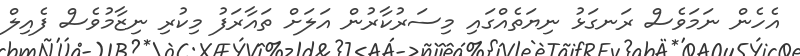
އެހެން ނަމަވެސް ރަނގަޅު ނިޔަތެއްގައި މިސަރުކާރުން އަލަށް ތައާރަފު މިކުރި ނިޒާމުވެސް ފެއިލް